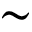
\sim